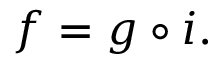
f = g \circ i .